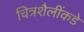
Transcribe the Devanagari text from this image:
चित्रशैलींकडे